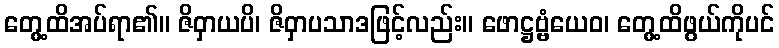
တွေ့ထိအပ်ရာ၏။ ဇိဝှာယပိ၊ ဇိဝှာပသာဒဖြင့်လည်း။ ဖောဋ္ဌဗ္ဗံယေဝ၊ တွေ့ထိဖွယ်ကိုပင်